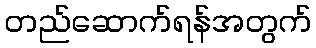
တည်ဆောက်ရန်အတွက်